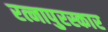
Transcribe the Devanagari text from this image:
रत्नापुरस्कार